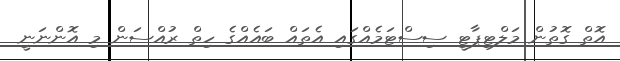
އޮތް ގޮތުން މަލްޓިޕާޓީ ސިސްޓަމެއްގައި އެތައް ބައެއްގެ ހިތް ރުއްސަން މި އޮންނަނީ